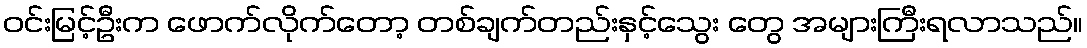
ဝင်းမြင့်ဦးက ဖောက်လိုက်တော့ တစ်ချက်တည်းနှင့်သွေး တွေ အများကြီးရလာသည်။